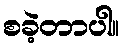
စခဲ့တာပါ။